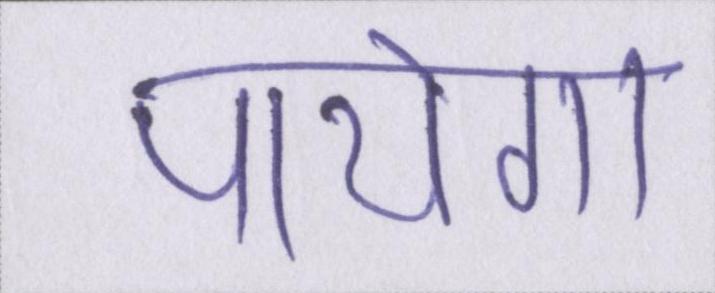
पायेगा